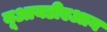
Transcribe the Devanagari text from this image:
यूआयडीएआय